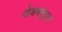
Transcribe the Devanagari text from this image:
जेवणसुध्दा